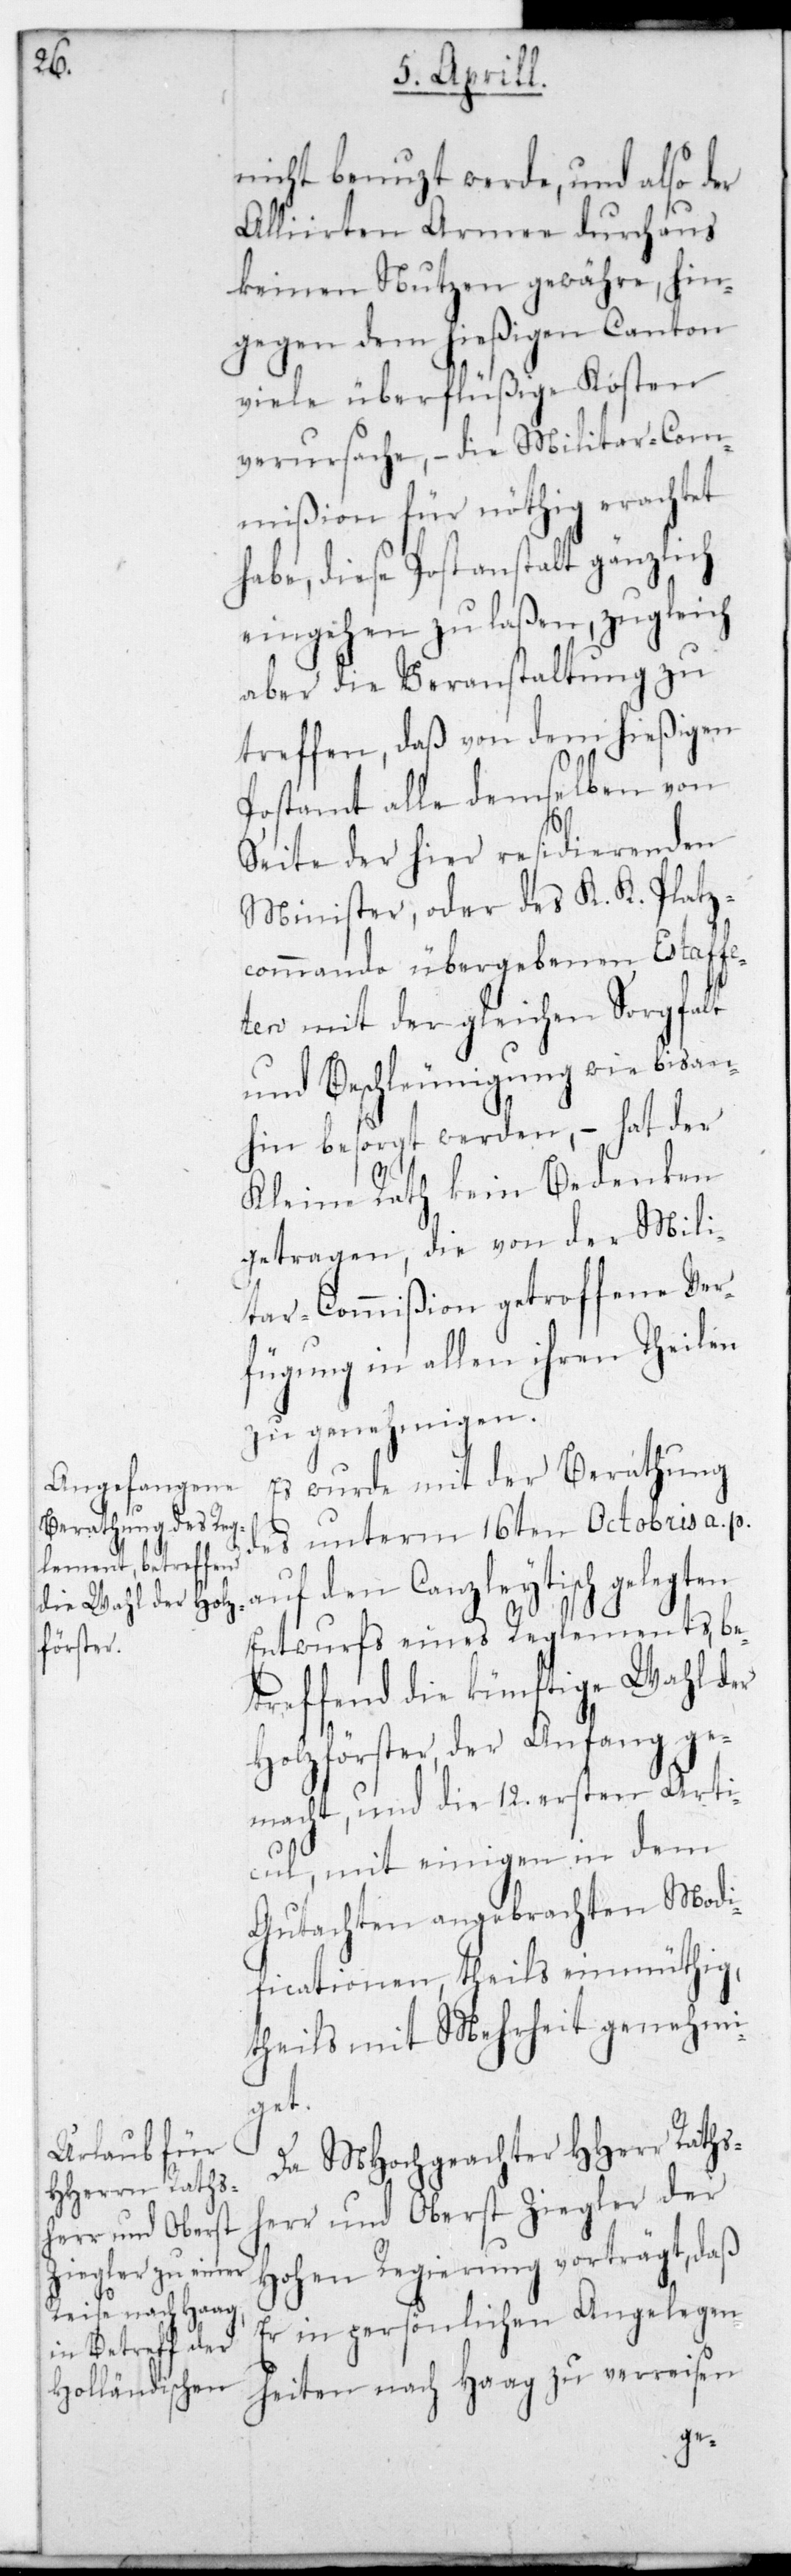
nicht benuzt werde, und also der
Alliirten Armee durchaus
keinen Nutzen gewähre, hin¬
gegen dem hießigen Canton
viele überflüßige Kösten
verursache, – die Militar-Com¬
mißion für nöthig erachtet
habe, diese Postanstalt gänzlich
eingehen zu laßen, zugleich
aber die Veranstaltung zu
treffen, daß von dem hießigen
Postamt alle demselben von
Seite der hier residierenden
Minister oder des K. K. Platz¬
commando übergebenen Estafet¬
ten mit der gleichen Sorgfalt
und Beschleunigung wie bis an¬
hin besorgt werden, – hat der
Kleine Rath kein Bedenken
getragen, die von der Mili¬
tar-Commißion getroffene Ver¬
fügung in allen ihren Theilen
zu genehmigen.
Es wurde mit der Berathung
des unterm 16ten Octobris a. p.
auf den Canzleytisch gelegten
Entwurfs eines Reglements, be¬
treffend die künftige Wahl der
Holzförster, der Anfang ge¬
macht, und die 12. ersten Arti¬
kel, mit einigen in dem
Gutachten angebrachten Modi¬
ficationen, theils einmüthig,
theils mit Mehrheit genehmi¬
get.
Da MHochgeachter HHerr Raths¬
herr und Oberst Ziegler der
Hohen Regierung vorträgt, daß
er in persönlichen Angelegen¬
heiten nach Haag zu verreisen